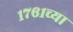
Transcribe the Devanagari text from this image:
१७६१च्या